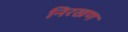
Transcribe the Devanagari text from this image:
निरखण